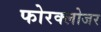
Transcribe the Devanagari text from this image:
फोरक्लोजर